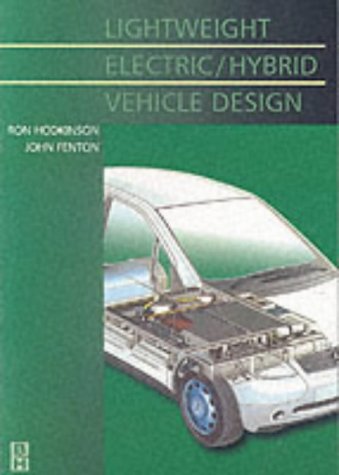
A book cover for Lightweight Electric/Hybrid Vehicle Design (Automotive Engineering); John Fenton; Engineering & Transportation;